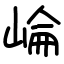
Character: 崘